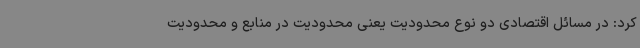
کرد: در مسائل اقتصادی دو نوع محدودیت یعنی محدودیت در منابع و محدودیت